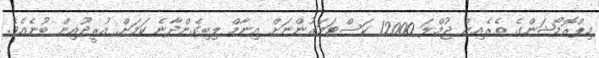
މިޕްރޮމޯޝަންގެ ތެރެއިން ޖުމްލަ 12000 ކަސްޓަމަރުންނަށް އިނާމް ލިބިގެންދާނެ ކަމަށް އުރީދޫއިން ބުނެއެވެ.